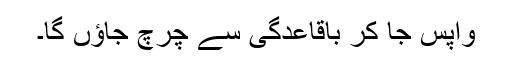
واپس جا کر باقاعدگی سے چرچ جاؤں گا۔